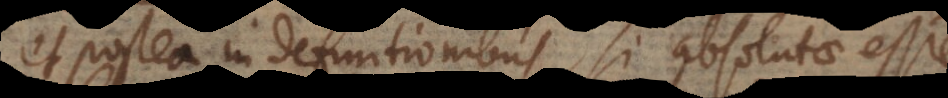
et postea in definitionibus, si absolutae esse